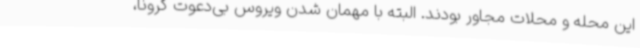
این محله و محلات مجاور بودند. البته با مهمان شدن ویروس بی‌دعوت کرونا،